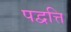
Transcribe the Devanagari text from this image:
पद्वत्ति